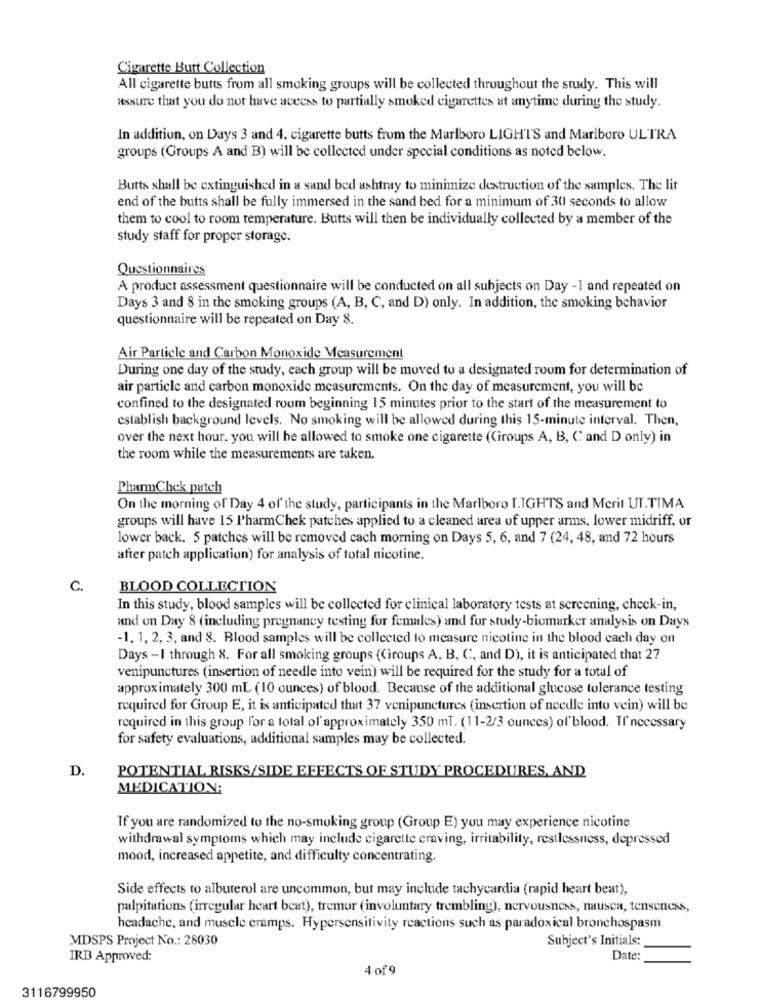
Cigarette Butt Collection
All cigarette butts from all smoking groups will be collected throughout the study. This will
assure that you do not have access to partially smoked cigarettes at anytime during the study.
In addition, on Days 3 and 4, cigarette butts from the Marlboro LIGHTS and Marlboro ULTRA
groups (Groups A and B) will be collected under special conditions as noted below.
Butts shall be extinguished in a sand bed ashtray to minimize destruction of the samples. The lit
end of the butts shall be fully immersed in the sand bed for a minimum of 30 seconds to allow
them to cool to room temperature. Butts will then be individually collected by a member of the
study staff for proper storage.
Questionnaires
A product assessment questionnaire will be conducted on all subjects on Day -1 and repeated on
Days 3 and 8 in the smoking groups (A, B, C, and D) only. In addition, the smoking behavior
questionnaire will be repeated on Day 8.
Air Particle and Carbon Monoxide Measurement
During one day of the study, each group will be moved to a designated room for determination of
air particle and carbon monoxide measurements. On the day of measurement, you will be
confined to the designated room beginning 15 minutes prior to the start of the measurement to
establish background levels. No smoking will be allowed during this 15-minute interval. Then,
over the next hour, you will be allowed to smoke one cigarette (Ciroups A, B, C and D only) in
the room while the measurements are taken.
PharmChek patch
On the morning of Day 4 of the study, participants in the Marlboro I.IGHTS and Merit UI.TIMA
groups will have 15 l'harmChek patches applied to a cleaned area of upper arms, lower midriff, or
lower back. 5 patches will be removed cach morning on Days 5, 6, and 7 (24, 48, and 72 hours
after patch application) for analysis of total nicotine.
C.
BLOOD COLLECTION
In this study, blood samples will be collected for clinical laboratory tests at screening, check-in,
and on Day 8 (including pregnancy testing for females) and for study-biomarker analysis on Days
-1, 1, 2, 3, and 8. Blood samples will be collected to measure nicotine in the blood each day on
Days -I through X. For all smoking groups (Groups A, B, C, and D), it is anticipated that 27
venipunctures (insertion of needle into vein) will be required for the study for a total of
approximately 300 mL (10 ounces) of blood. Because of the additional glucose tolerance testing
required for Group E, it is anticipated that 37 venipunctures (insertion of needle into vein) will be
required in this group for a total of approximately 350 ml. (11-2/3 ounces) of blood. If necessary
for safety evaluations, additional samples may be collected.
D.
POTENTIAL RISKS/SIDE EFFECTS OF STUDY PROCEDURES, AND
MEDICATION:
If you are randomized to the no-smoking group (Group E) you may experience nicotine
withdrawal symptoms which may include cigarette craving, irritability, restlessness, depressed
mood, increased appetite, and difficulty concentrating.
Side effects to albuterol are uncommon, but may include tachycardia (rapid heart beat),
palpitations (irregular heart beat), tremor (involuntary trembling), nervousness, nausea, tenseness,
headache, and muscle cramps. Hypersensitivity reactions such as paradoxical bronchospasm
MDSPS Project No .: 28030
Subject's Initials:
IRD Approved:
Date:
4 of 9
3116799950